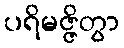
ပရိမဇ္ဇိတွာ